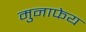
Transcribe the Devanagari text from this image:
मुनाफेय